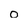
Character: o